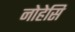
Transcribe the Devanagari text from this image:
नोहेसि